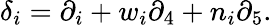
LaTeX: \delta_{i}=\partial_{i}+w_{i}\partial_{4}+n_{i}\partial_{5}.